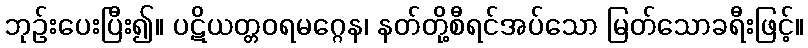
ဘုဉ်းပေးပြီး၍။ ပဋိယတ္တဝရမဂ္ဂေန၊ နတ်တို့စီရင်အပ်သော မြတ်သောခရီးဖြင့်။